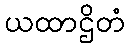
ယထာဌိတံ